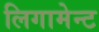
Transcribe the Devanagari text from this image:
लिगामेन्ट